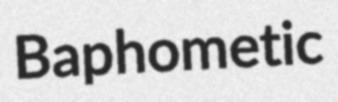
Baphometic